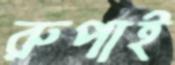
রুপাই